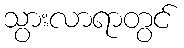
သွားလာရာတွင်